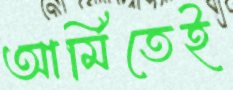
আর্মিতেই